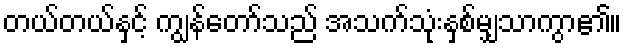
တယ်တယ်နှင့် ကျွန်တော်သည် အသက်သုံးနှစ်မျှသာကွာ၏။